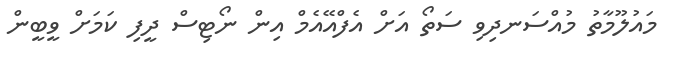
މައުލޫމާތު މުއްސަނދިވި ސަތޯ އަށް އެފްއޭއެމް އިން ނޯޓިސް ދީފި ކަމަށް ވީބީން